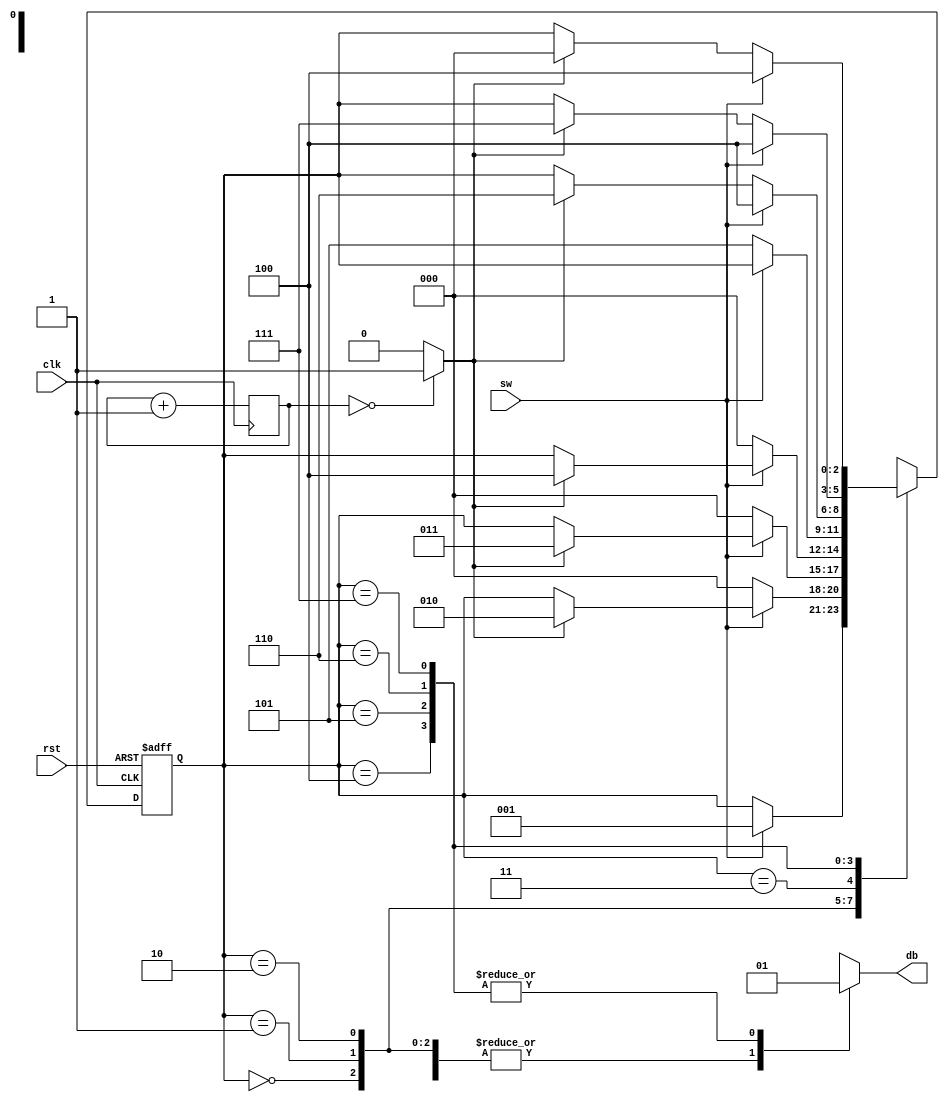
module debou(input clk,rst,sw,output reg db);
parameter zero=3'b000,w1_1=3'b001,w1_2=3'b010,w1_3=3'b011,
	  one=3'b100,w0_1=3'b101,w0_2=3'b110,w0_3=3'b111,n=2;
reg [n-1:0] q=0;
wire [n-1:0] q_nxt;
wire check;
reg [2:0]ps,ns;
always@(posedge clk)
q <= q_nxt;

assign q_nxt = q+1;
assign check=(q==0)?1:0;

always@(posedge clk,posedge rst)
begin
  if(rst)
    ps<=zero;
  else
    ps<=ns;
end

always@*
begin
  ns=ps;
  db=0;
case(ps)
  zero:
     if(sw)
	ns=w1_1;
  w1_1:
     if(!sw)
	ns=zero;
     else if (check)
	ns=w1_2;
  w1_2:
     if(!sw)
	ns=zero;
     else if (check)
	ns=w1_3;
  w1_3:
     if(!sw)
	ns=zero;
     else if (check)
	ns=one;
  one:
    begin
      db=1;
	if(!sw)
	  ns=w0_1;
    end
  w0_1:
    begin
	db=1;
	if(sw)
	  ns=one;
	else if(check)
	  ns=w0_2;
    end
  w0_2:
    begin
	db=1;
	if(sw)
	  ns=one;
	else if(check)
	  ns=w0_3;
    end
  w0_3:
    begin
	db=1;
	if(sw)
	  ns=one;
	else if(check)
	  ns=zero;
    end
  endcase
end
endmodule